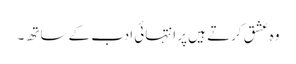
وہ عشق کرتے ہیں پر انتہائی ادب کے ساتھ ۔